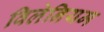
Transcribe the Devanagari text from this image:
विलेनियम